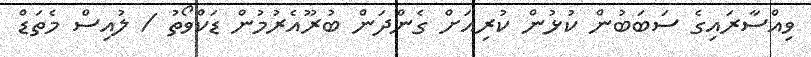
ވިއްސާރައިގެ ސަބަބުން ކުޅުން ކުރިއަށް ގެންދަން ބުރޫއެރުމުން ޑަކްވޯތު / ލުއިސް މެތަޑް